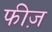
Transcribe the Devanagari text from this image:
फीज़